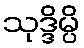
သုဒ္ဒိမ္ပိ